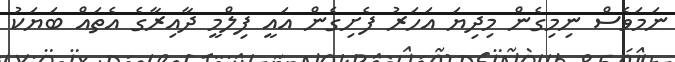
ނަމަވެސް ނިމިގެން މިދިޔަ އަހަރު ފެށިގެން އައީ ފިލްމީ ދާއިރާގެ އެތައް ބަޔަކު